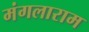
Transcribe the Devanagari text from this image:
मंगलाराम